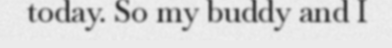
today. So my buddy and I